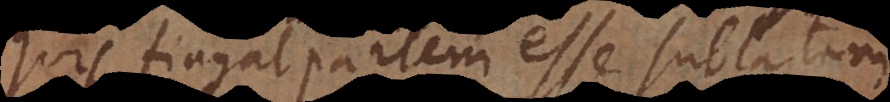
quis fingat partem esse sublatam